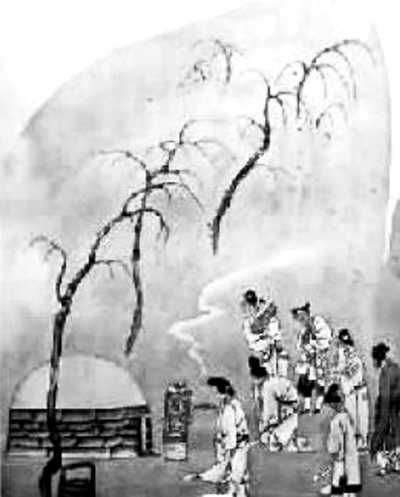
乌啼鹊噪昏乔木，清明寒食谁家哭。